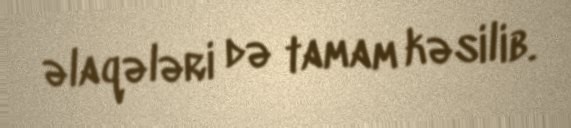
əlaqələri də tamam kəsilib.